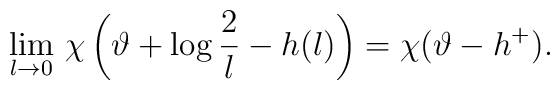
\lim _{l\rightarrow 0}\, \chi \left( \vartheta +\log \frac{2}{l}-h(l)\right) =\chi (\vartheta -h^{+}).